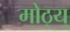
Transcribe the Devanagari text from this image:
मोठ्य्